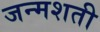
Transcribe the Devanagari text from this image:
जन्‍मशती